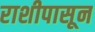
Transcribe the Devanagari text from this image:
राशीपासून